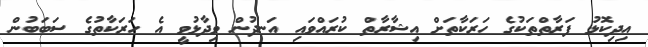
އިދިކޮޅު ފަރާތްތަކުގެ ހަރަކާތަށް އިޝާރާތް ކުރައްވައި އަނދުން ވިދާޅުވީ އެ ހަރަކާތުގެ ސަބަބުން